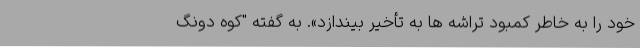
خود را به خاطر کمبود تراشه ها به تأخیر بیندازد». به گفته "کوه دونگ